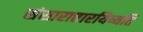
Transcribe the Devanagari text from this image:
संसारात्तारयिष्यति